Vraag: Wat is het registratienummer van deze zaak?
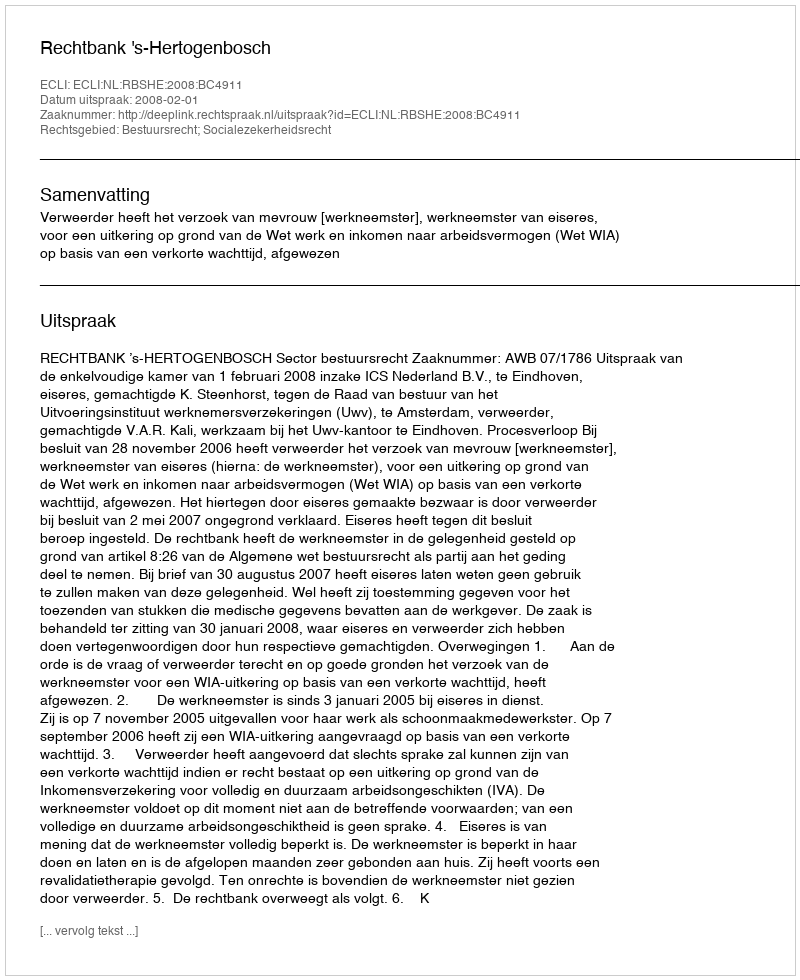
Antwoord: http://deeplink.rechtspraak.nl/uitspraak?id=ECLI:NL:RBSHE:2008:BC4911